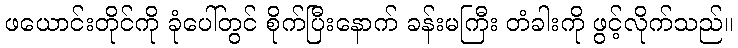
ဖယောင်းတိုင်ကို ခုံပေါ်တွင် စိုက်ပြီးနောက် ခန်းမကြီး တံခါးကို ဖွင့်လိုက်သည်။